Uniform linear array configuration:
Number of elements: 48
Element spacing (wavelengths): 0.25
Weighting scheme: kaiser
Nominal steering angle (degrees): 30
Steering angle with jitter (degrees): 31.784
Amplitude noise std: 0.05
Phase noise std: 0.05

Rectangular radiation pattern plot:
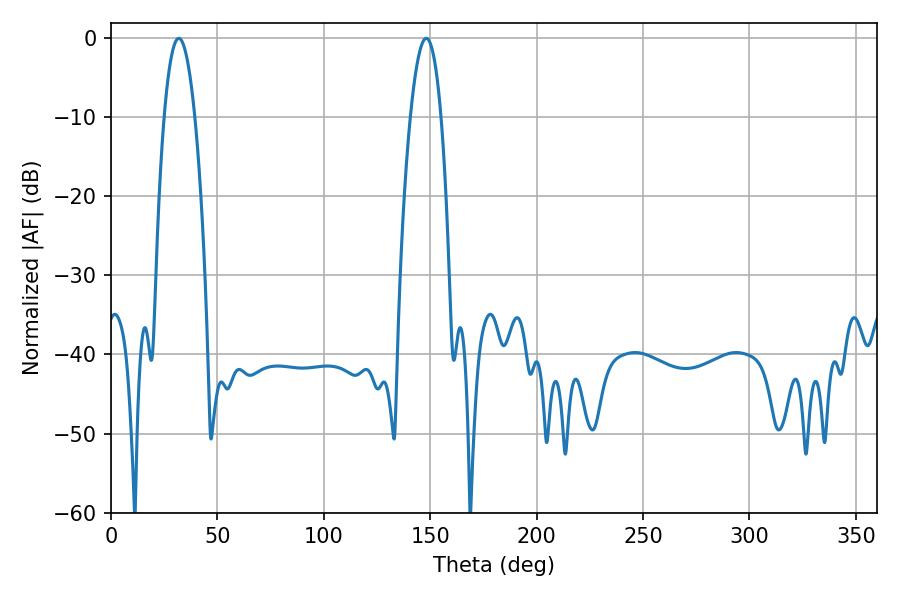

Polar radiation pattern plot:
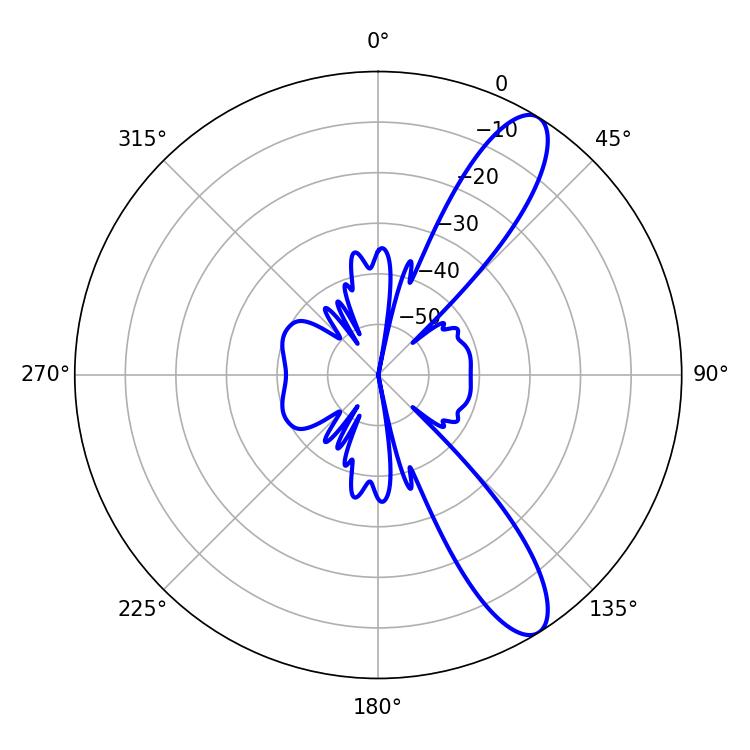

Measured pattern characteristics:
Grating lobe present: FALSE
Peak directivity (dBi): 11.024
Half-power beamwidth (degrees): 8.1
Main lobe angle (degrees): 31.86